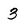
Character: 3